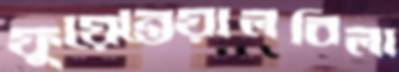
ফুয়েন্তেয়ালবিলা